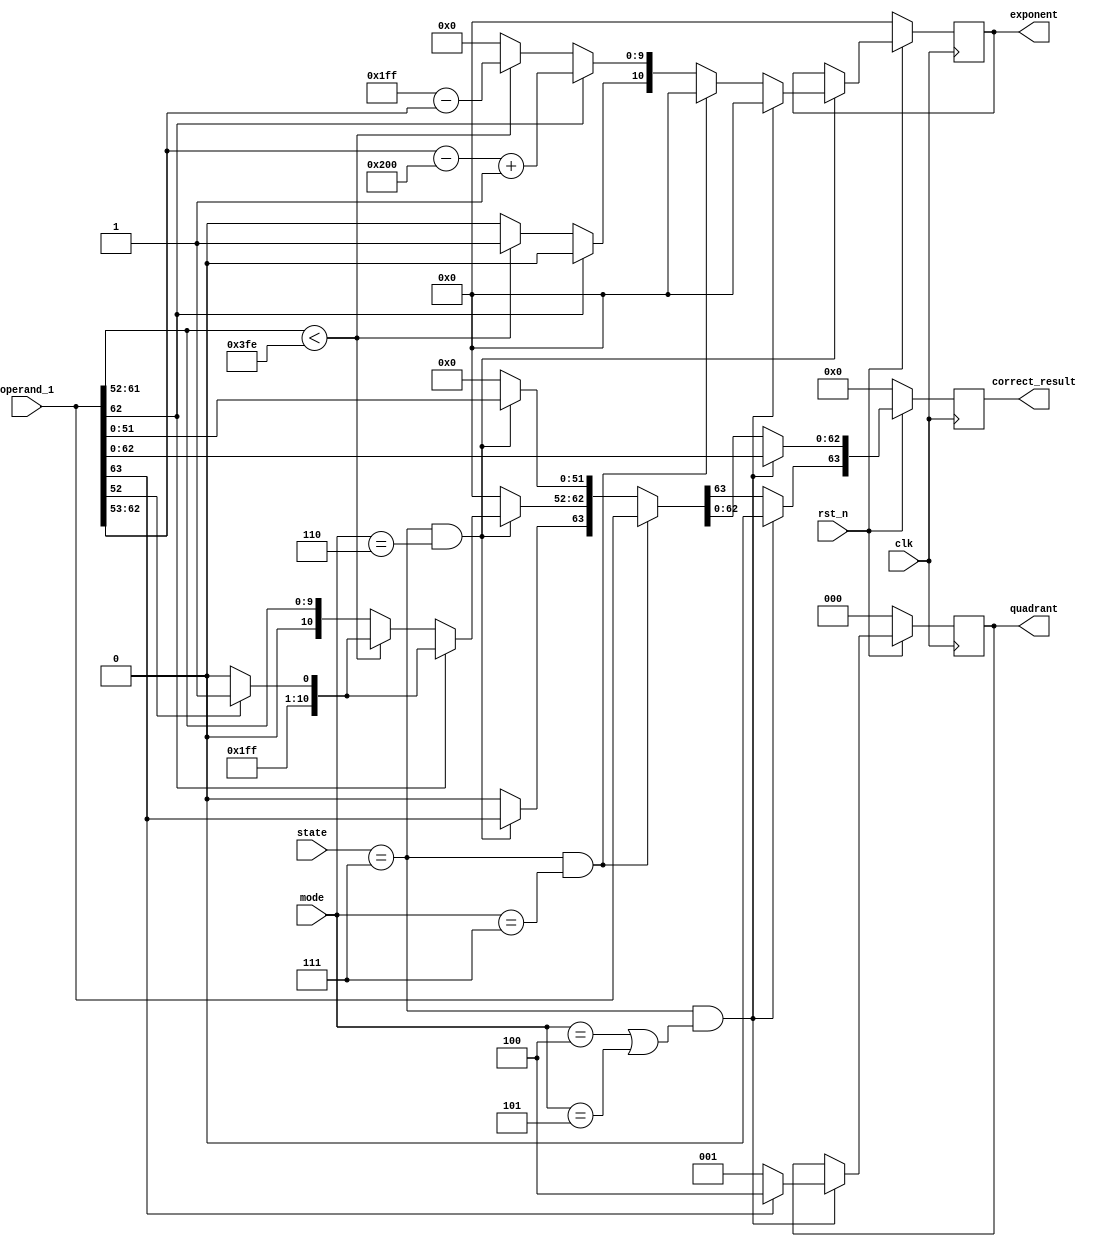
module value_correct
(
input clk,
input rst_n,
input [63:0] operand_1,
input [3:0] state,
input [2:0] mode,
output reg [63:0] correct_result,
output reg [10:0] exponent,
output reg [2:0] quadrant
);

parameter IDLE = 4'd0, COMP = 4'd1, ADD = 4'd2, MUL = 4'd3, DIV = 4'd4, SIN_COS = 4'd5, SQUARE_ROOT = 4'd6, CORRECT_MODE = 4'd7;

reg [63:0] new_correct_result;
reg [10:0] new_exponent;
reg [2:0] new_quadrant;

always @(posedge clk) begin
    if (~rst_n) begin
        correct_result <= 0;
        exponent <= 0;
        quadrant <= 0;
    end
    else begin
        correct_result <= new_correct_result;
        if (state == CORRECT_MODE && (mode == 4 || mode == 5)) begin
            quadrant <= new_quadrant;
        end
        if (state == CORRECT_MODE && mode == 6) begin
            exponent <= new_exponent;
        end
    end
end

always @* begin
    new_quadrant = 0;
    new_exponent = 0;
    new_correct_result = 0;

    if (state == CORRECT_MODE && (mode == 4 || mode == 5)) begin
        new_correct_result[62:0] = operand_1[62:0];
        new_correct_result[63] = 0;
        if (operand_1[63] == 1) begin
            new_quadrant = 4;
        end
        else begin
            new_quadrant = 1;
        end
    end
    else if (state == CORRECT_MODE && mode == 7) begin
        new_correct_result = operand_1;
    end
    else if (state == CORRECT_MODE && mode == 6) begin
        new_correct_result[63] = operand_1[63];
        new_correct_result[51:0] = operand_1[51:0];

        if (operand_1[62] == 1) begin  // > 2
            new_exponent[10] = 0;
            new_exponent[9:0] = operand_1[62:53] - 10'b1000000000 + 1;
            if (operand_1[52] == 0) begin
                new_correct_result[62:52] = 11'b01111111110;
            end
            else begin
                new_correct_result[62:52] = 11'b01111111111;  
            end  
        end
        else if (operand_1[61:52] < 10'b1111111110) begin
            new_exponent[10] = 1;
            new_exponent[9:0] = 10'b0111111111 - operand_1[62:53];
            if (operand_1[52] == 0) begin
                new_correct_result[62:52] = 11'b01111111110;
            end
            else begin
                new_correct_result[62:52] = 11'b01111111111;  
            end 
        end
        else begin
            new_correct_result[62:52] = operand_1[62:52];
            new_exponent = 0;
        end
    end
end


endmodule